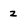
Character: 2